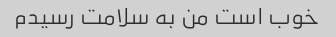
خوب است من به سلامت رسیدم